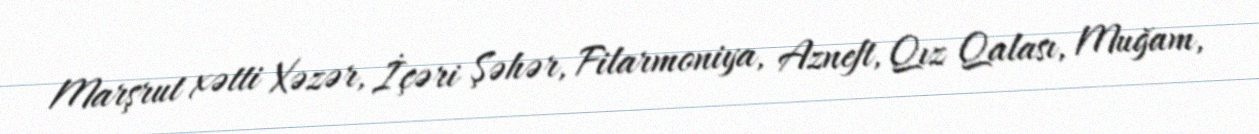
Marşrut xətti Xəzər, İçəri Şəhər, Filarmoniya, Azneft, Qız Qalası, Muğam,